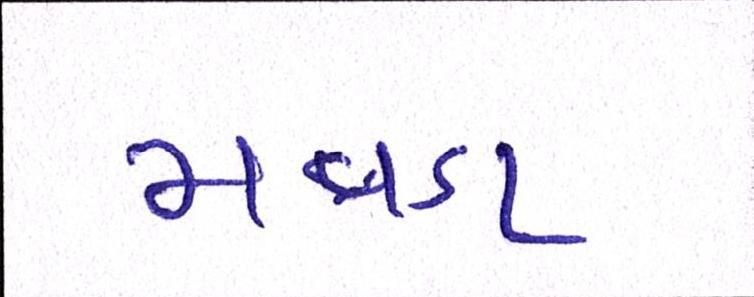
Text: મવડા